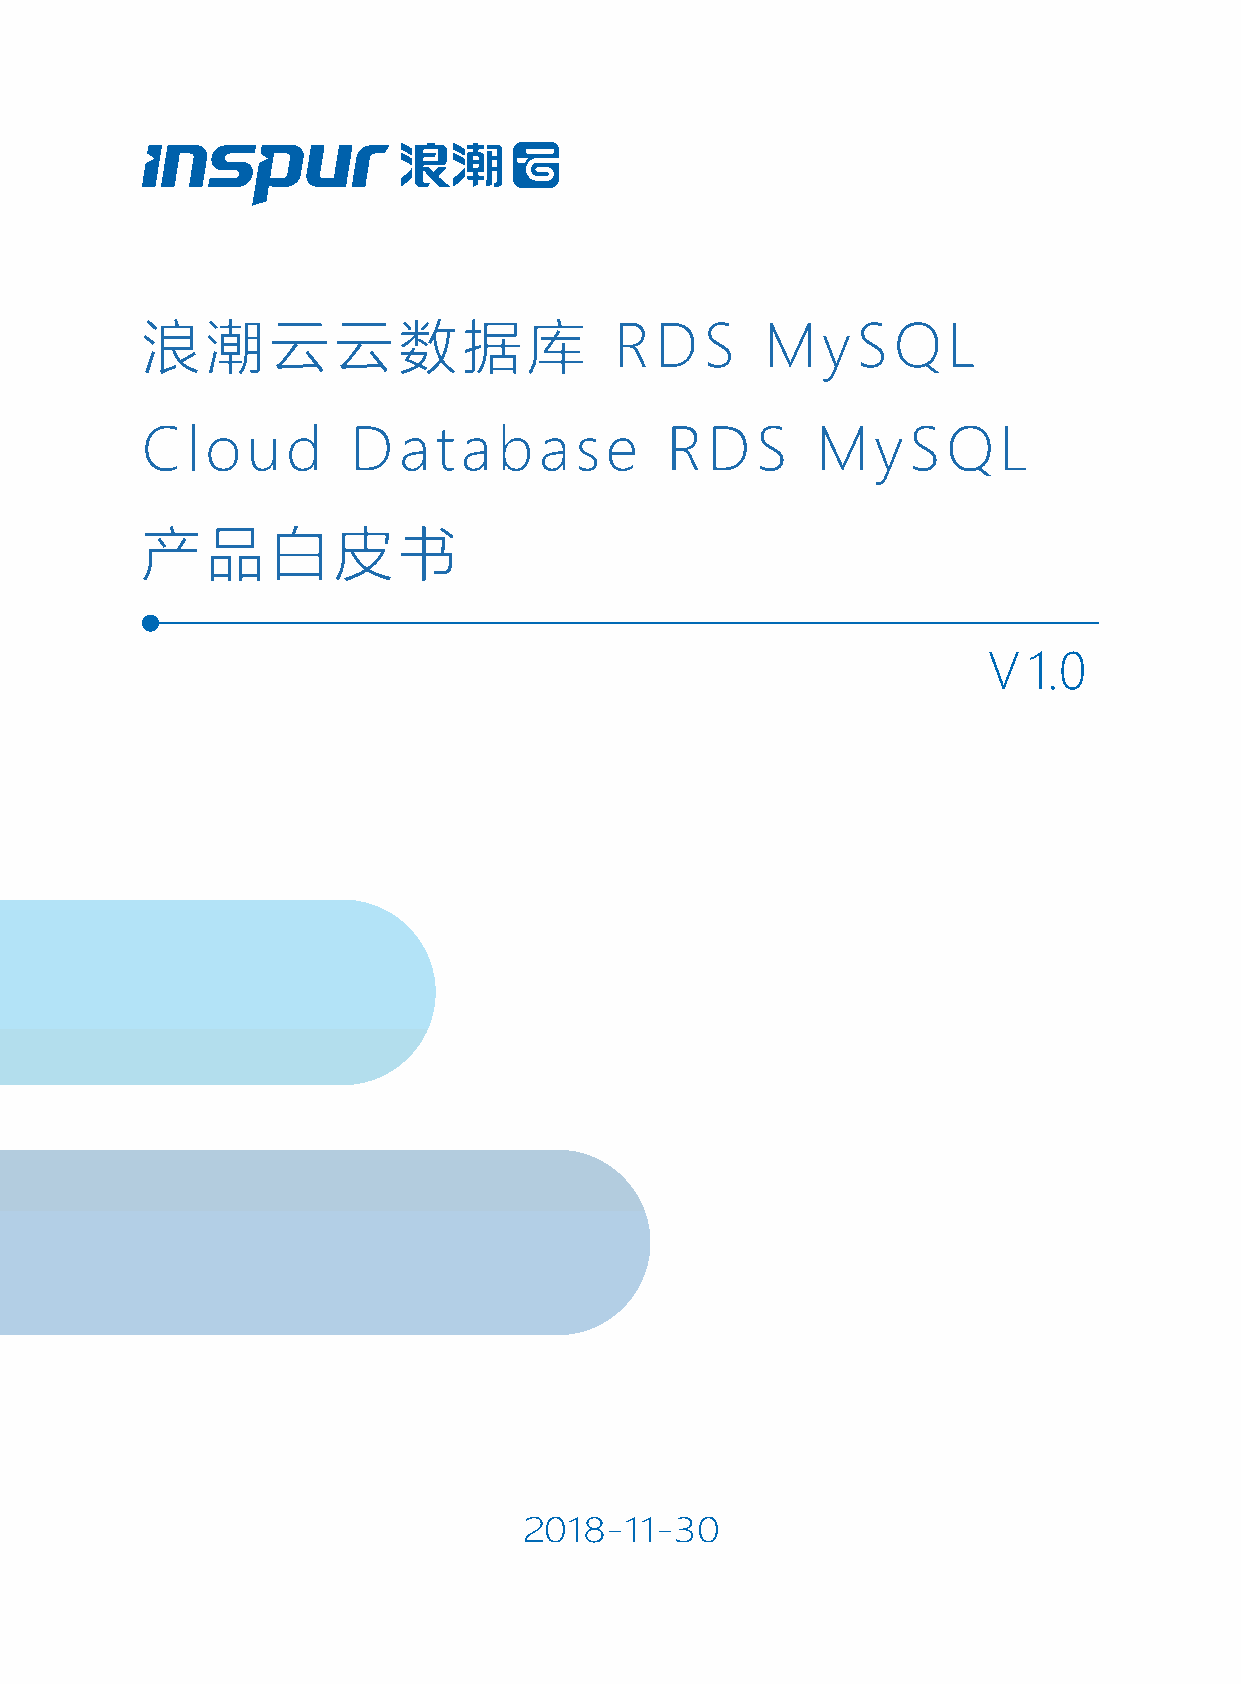
浪潮云云数据库                         RDS       MySQL
 Cloud         Database             RDS       MySQL
 产品白皮书
 V  1.0
 2018-11-30